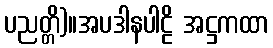
ပညတ္တိ)။အပဒါနပါဠိ အဋ္ဌကထာ